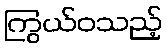
ကြွယ်ဝသည့်